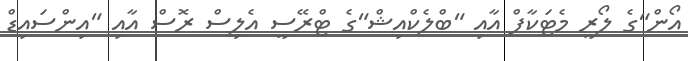
އޯން"ގެ ލޯރީ މެޓަކާފް އާއި "ބްލެކްއިޝް"ގެ ޓްރޭސީ އެލިސް ރޮސް އާއި "އިންސައިޑް